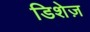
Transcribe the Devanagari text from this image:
डिशेज़